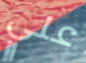
علي